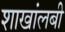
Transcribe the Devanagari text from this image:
शाखांलबी